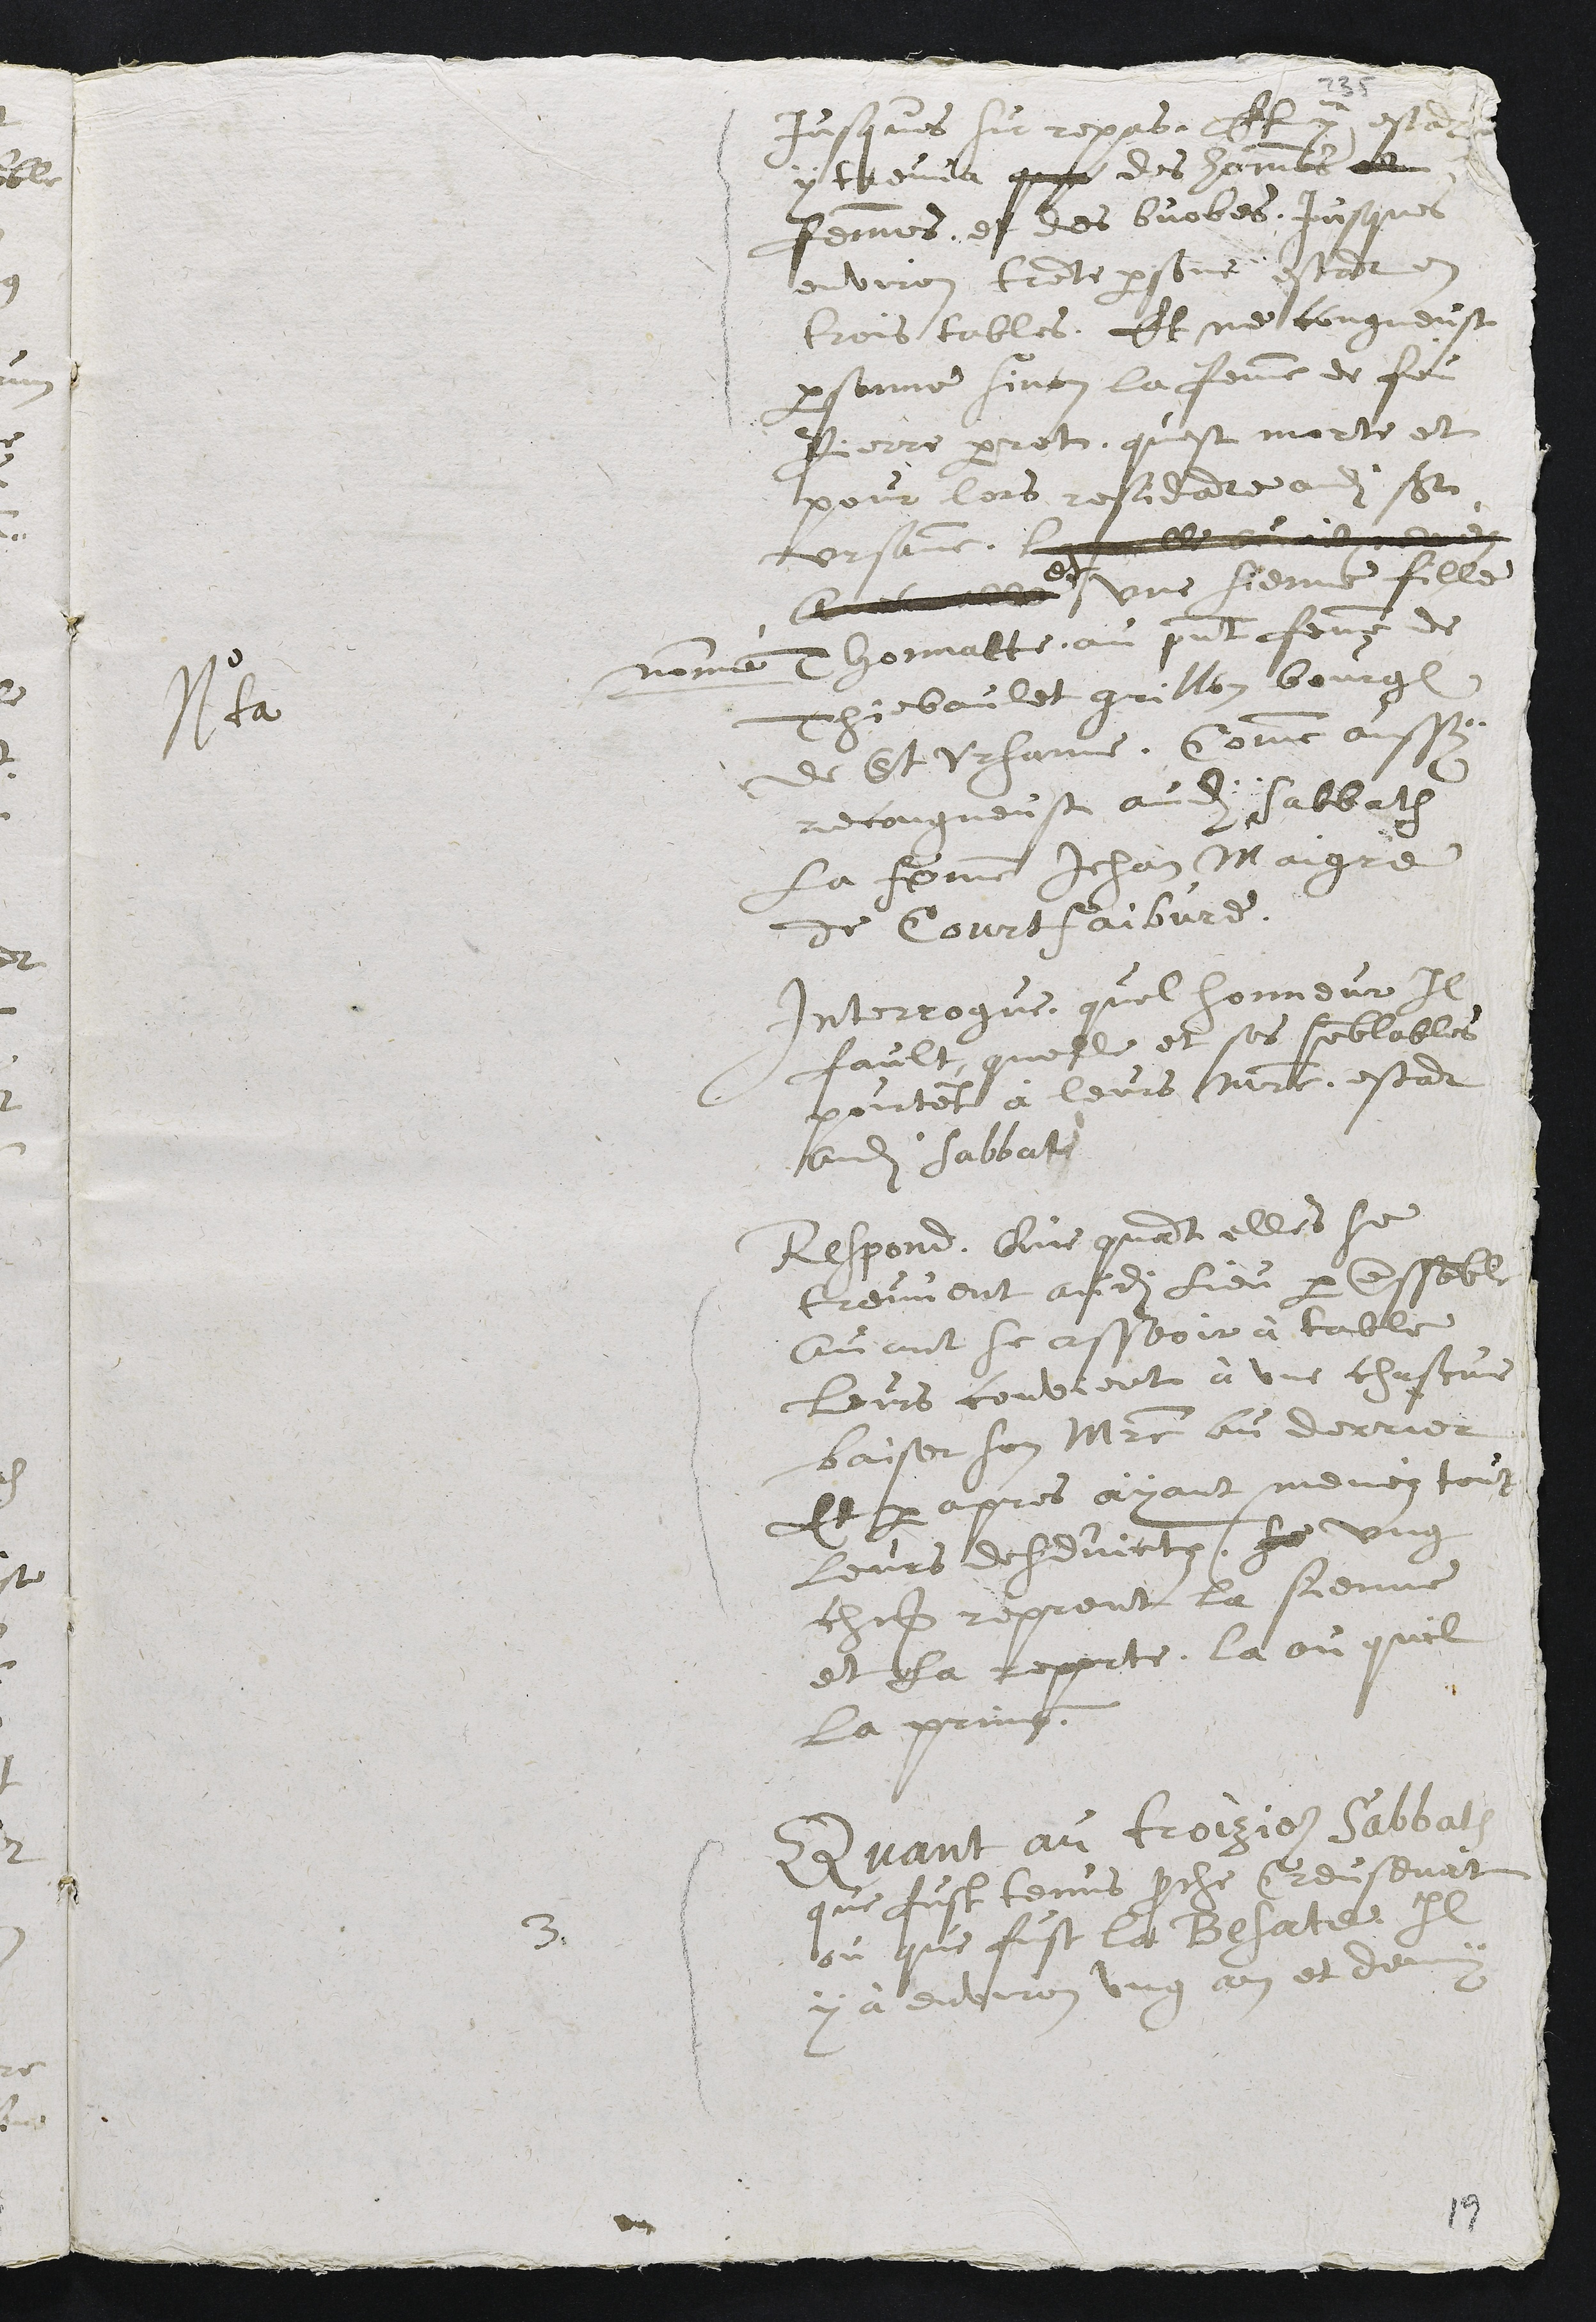
jusques sur repas. Et y estant
y treuva que des hommes ???
femmes et des buobes, jusques
environ trente personne estant en
trois tables. Et ne congneust
personne sinon la femme de feu
Pierre perrot, quest morte et
pour lors residante audit St
Ursanne. Laquelle avoit menéz
avec icelle
et
une sienne fille
Nota
nommé Thonnatte, au present femme de
Thiebaulet grillon bourgeois
de St Ursanne. Comme aussi
recongneust audit sabbath
la femme Jehan Maigre
de Courtfaibvre.
Interrogue, quel honneur il
fault, quelle et ses semblables
pourtent à leurs maistre, estant
audit sabbath
Respond. Que quant elles se
treuvent audit lieu par ensemble
avant se asseoir à table
leurs convient à une chascune
baiser son Maistre au derrier
Et par apres ayant menéz tout
leurs desduictz, se ung
chascun reprent la sienne
et la reporte la ou quil
la prinse.
3.
Quant au troizieme Sabbath
que fust tenus proche Creusenat
ou que fust la Besate il
y à environ ung an et demy